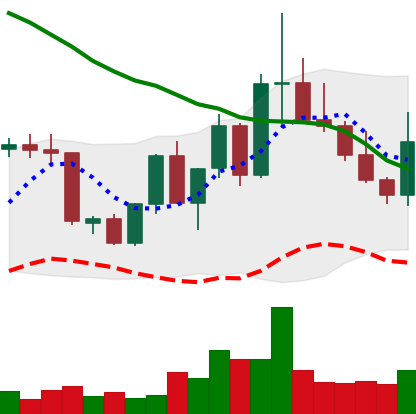
Ticker: XLM-USD
Chart end date: 2022-09-29
Forward return: 3.306%
Label: up_3_5